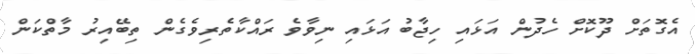
އެގޮތަށް ދޫކޮށް ހެދުން އަޅައި ހިޖާބު އަޅައި ނިވާވެ ރައްކާތެރިވެގެން ތިބޭއިރު މާތްކަން